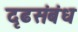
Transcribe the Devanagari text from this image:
दृढसंबंध